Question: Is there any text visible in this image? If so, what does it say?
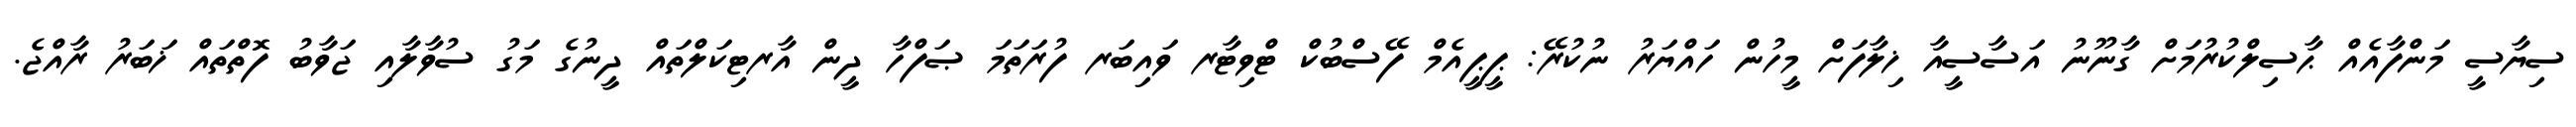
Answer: ސިޔާސީ މަންފާއެއް ޙާސިލްކުރުމަށް ގާނޫނު އަސާސީއާ ޚިލާފަށް މީހުން ހައްޔަރު ނުކުރޭ: ޕީޕީއެމް ފޭސްބުކް ޓްވިޓާރ ވައިބަރ ފުރަތަމަ ޞަފްހާ ދީން އާރޓިކަލްތައް ދީނުގެ މަގު ސުވާލާއި ޖަވާބު ފޮތްތައް ޚަބަރު ރާއްޖެ.